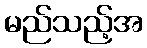
မည်သည့်အ